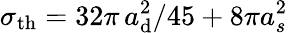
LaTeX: \sigma_{\mathrm{th}}=32\pi\, a_{\mathrm{d}}^{2}/45+8\pi a_{s}^{2}